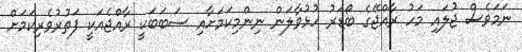
ނަމަވެސް ޖުލައި މަހު ރާއްޖޭގެ ބޯޑަރު ހުޅުވާލަން ނިންމިކަމަށާއި ސަބަބަކީ ރާއްޖެއަކީ ފަތުރުވެރިކަމަށް